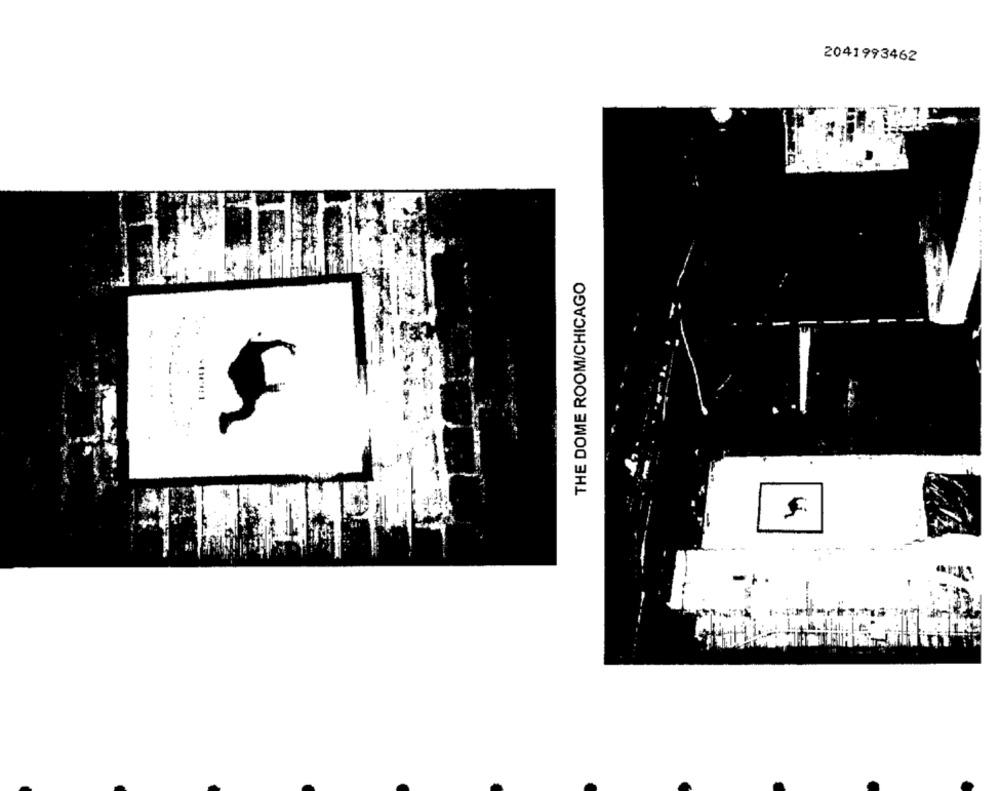
2041993462
THE DOME ROOM/CHICAGO